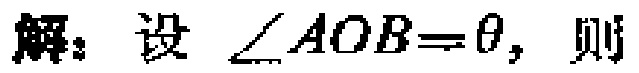
解：设$\angle AOB = \theta$，则